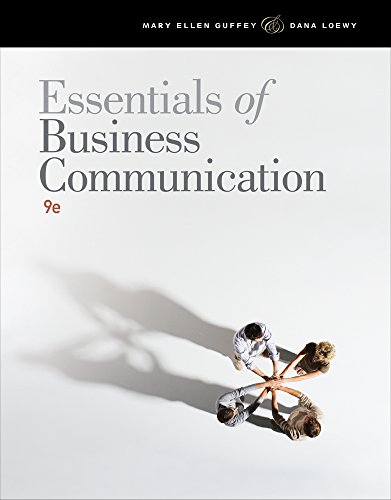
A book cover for Essentials of Business Communication; Mary Ellen Guffey; Business & Money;